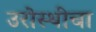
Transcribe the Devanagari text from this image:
उरोस्थीचा